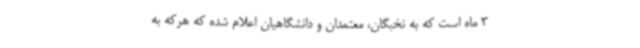
3 ماه است که به نخبگان، معتمدان و دانشگاهیان اعلام شده که هرکه به